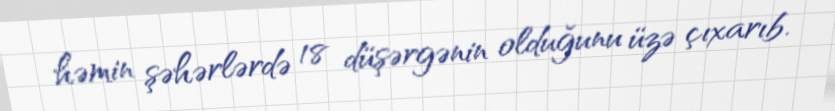
həmin şəhərlərdə 18 düşərgənin olduğunu üzə çıxarıb.